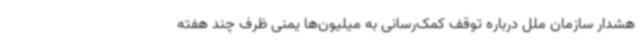
هشدار سازمان ملل درباره توقف کمک‌رسانی به میلیون‌ها یمنی ظرف چند هفته